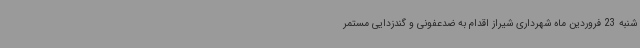
شنبه 23 فروردین ماه شهرداری شیراز اقدام به ضدعفونی و گندزدایی مستمر